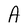
Character: A